Madras plague regulations and rules for district municipalities and other towns and villages
Disease focus: Plague
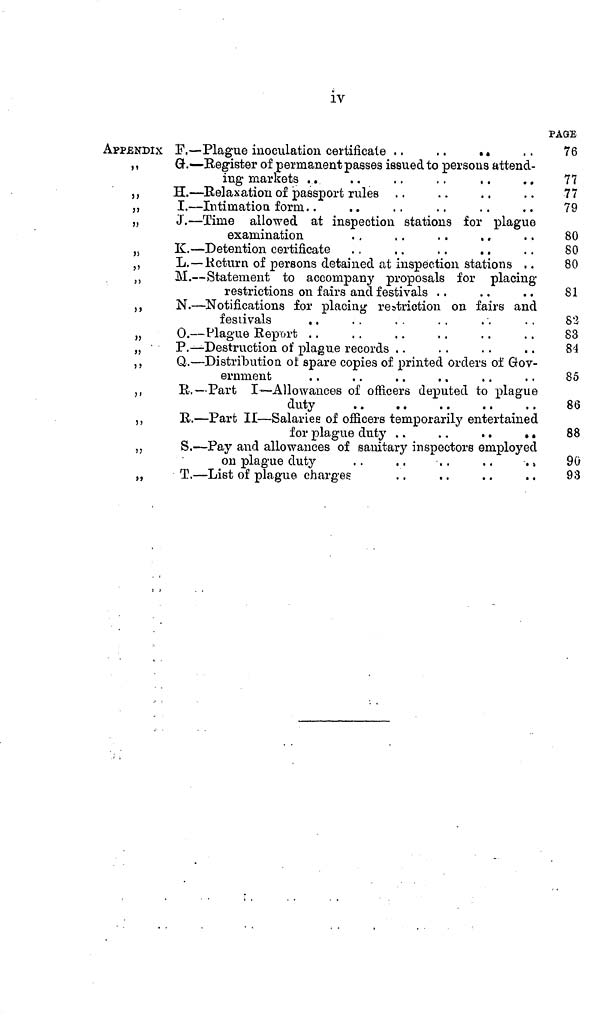
iv
APPENDIX
,,
}}
»
»
J5
»
))
»
))
) >
)l
»
n
>j
I
F—
Plague inoculation certificate.. .. ..
G. — Register of permanent passes issued to persons attend-
ing markets . . .. . . .. .. ..
H. — Relaxation of passport rules .. .. .. ..
I. — Intimation form. ... .. .. .. .. ..
J. — Time allowed at inspection stations for plague
examination .. .. .. .. ..
K. — Detention certificate .. .. .. .. ..
L. — Return of persons detained at inspection stations ...
M. — Statement to accompany proposals for placing
restrictions on fairs and festivals . . .. .. ..
N. — Notifications for placing restriction on fairs and
festivals
. .
0. — Plague Report . .
P. — Destruction of plague records . .
Q. — Distribution oí spare copies of printed orders of Gov-
R.— Part I— Allowances of officers deputed to plague
duty
. .
. .
R. — Part II — Salariée of officers temporarily entertained
for plague duty . .
. .
. .
. .
S. — Pay and allowances of sanitary inspectors employed
on plague duty
. .
. .
. .
. .
.„
T. — List of plague charges
. .
. .
. .
. .
'AGE
76
77
77
79
80
80
80
81
82
83
84
8,5
86
88
90
98